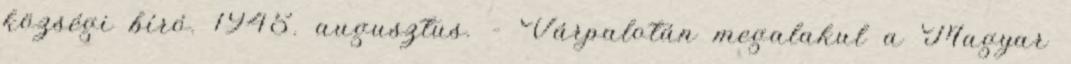
községi bíró. 1945. augusztus. – Várpalotán megalakul a Magyar